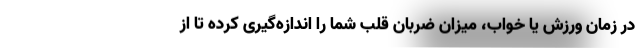
در زمان ورزش یا خواب، میزان ضربان قلب شما را اندازه‌گیری کرده تا از